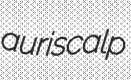
auriscalp